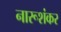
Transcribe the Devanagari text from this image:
नारूशंकर